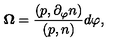
{ \bf \Omega } = \frac { ( p , \partial _ { \varphi } n ) } { ( p , n ) } d \varphi ,